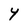
Character: 4